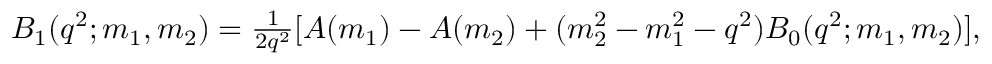
\begin{array} { r } { B _ { 1 } ( q ^ { 2 } ; m _ { 1 } , m _ { 2 } ) = \frac { 1 } { 2 q ^ { 2 } } [ A ( m _ { 1 } ) - A ( m _ { 2 } ) + ( m _ { 2 } ^ { 2 } - m _ { 1 } ^ { 2 } - q ^ { 2 } ) B _ { 0 } ( q ^ { 2 } ; m _ { 1 } , m _ { 2 } ) ] , } \end{array}